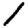
Digit: 1